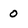
Character: 0